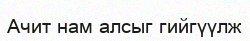
Ачит нам алсыг гийгүүлж